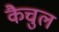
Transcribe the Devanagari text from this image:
कैचुल